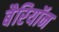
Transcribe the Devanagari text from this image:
बैरियॉन